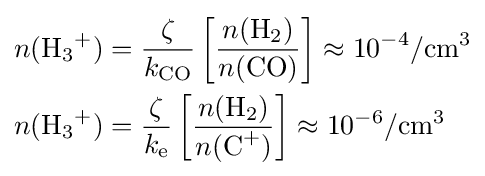
{\begin{aligned}n({\mathrm {H} {\vphantom {A}}_{\smash[{t}]{3}}{\vphantom {A}}^{+}})&={\frac {\zeta }{k_{\mathrm {CO} }}}\left[{\frac {n({\mathrm {H} {\vphantom {A}}_{\smash[{t}]{2}}})}{n({\mathrm {CO} })}}\right]\approx 10^{-4}/{\text{cm}}^{3}\\n({\mathrm {H} {\vphantom {A}}_{\smash[{t}]{3}}{\vphantom {A}}^{+}})&={\frac {\zeta }{k_{\mathrm {e} }}}\left[{\frac {n({\mathrm {H} {\vphantom {A}}_{\smash[{t}]{2}}})}{n({\mathrm {C} {\vphantom {A}}^{+}})}}\right]\approx 10^{-6}/{\text{cm}}^{3}\end{aligned}}